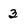
Character: 3